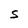
Character: S